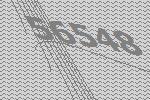
56548